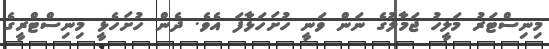
މިނިސްޓަރު މަލީހު ޖަމާލުގެ ނަން ވަނީ ހުށަހަޅާފަ އެވެ. ދެން ހުށަހެޅީ މިނިސްޓްރީގެ